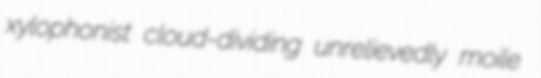
xylophonist cloud-dividing unrelievedly moile